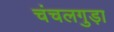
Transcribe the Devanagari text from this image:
चंचलगुड़ा